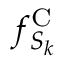
f _ { S _ { k } } ^ { \mathrm { C } }